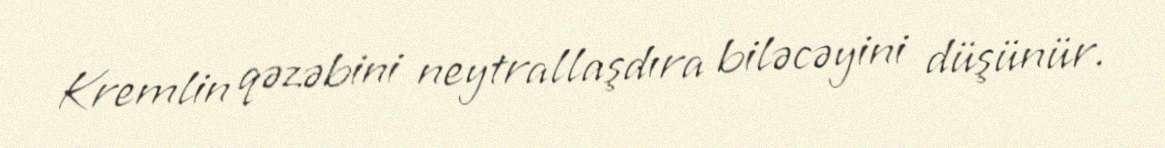
Kremlin qəzəbini neytrallaşdıra biləcəyini düşünür.